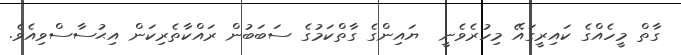
ގާތް މީހެއްގެ ކައިރީގައޭ މިހުރެވެނީ  ޔައިންގެ ގާތްކަމުގެ ސަބަބުން ރައްކާތެރިކަން އިޙުސާސްވިއެވެ.